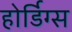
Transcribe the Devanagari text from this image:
होर्डिग्स